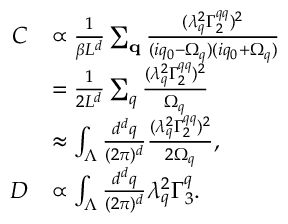
\begin{array} { r l } { C } & { \propto \frac { 1 } { \beta L ^ { d } } \sum _ { \mathbf { q } } \frac { ( \lambda _ { q } ^ { 2 } \Gamma _ { 2 } ^ { q q } ) ^ { 2 } } { ( i q _ { 0 } - \Omega _ { q } ) ( i q _ { 0 } + \Omega _ { q } ) } } \\ & { = \frac { 1 } { 2 L ^ { d } } \sum _ { q } \frac { ( \lambda _ { q } ^ { 2 } \Gamma _ { 2 } ^ { q q } ) ^ { 2 } } { \Omega _ { q } } } \\ & { \approx \int _ { \Lambda } \frac { d ^ { d } q } { ( 2 \pi ) ^ { d } } \frac { ( \lambda _ { q } ^ { 2 } \Gamma _ { 2 } ^ { q q } ) ^ { 2 } } { 2 \Omega _ { q } } , } \\ { D } & { \propto \int _ { \Lambda } \frac { d ^ { d } q } { ( 2 \pi ) ^ { d } } \lambda _ { q } ^ { 2 } \Gamma _ { 3 } ^ { q } . } \end{array}